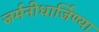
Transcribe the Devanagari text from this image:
जर्मनीधार्जिण्या